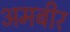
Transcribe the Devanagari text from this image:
अमबीर